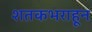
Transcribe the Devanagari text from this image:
शतकभराहून